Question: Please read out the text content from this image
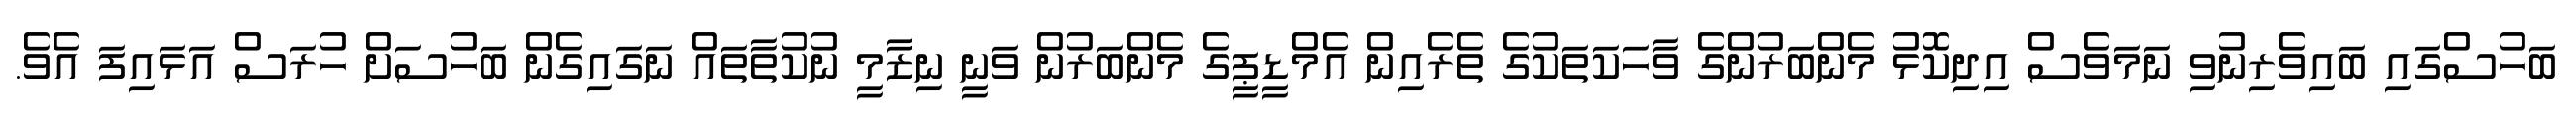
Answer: ބަހުސްގައި ބައިވެރިނުވި ނަމަވެސް އިދިކޮޅު މެންބަރުންގެ ވާހަކަތަކުގެ ތެރެއިން އެމްޑީޕީގެ މެންބަރުން ވަނީ ނިޒާމީ ނުކުތާތައް ނަގައިގެން ބަހުސަށް ހުރަސް އަޅައިފަ އެވެ.